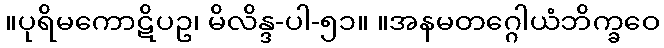
။ပုရိမကောဋိပဥ၊ မိလိန္ဒ-ပါ-၅၁။ ။အနမတဂ္ဂေါယံဘိက္ခဝေ